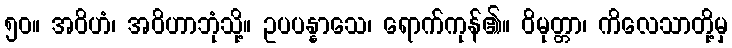
၅၀။ အဝိဟံ၊ အဝိဟာဘုံသို့။ ဥပပန္နာသေ၊ ရောက်ကုန်၏။ ဝိမုတ္တာ၊ ကိလေသာတို့မှ